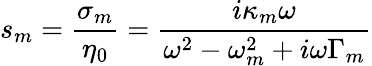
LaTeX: s_{m}=\frac{\sigma_{m}}{\eta_{0}}=\frac{i\kappa_{m}\omega}{\omega^{2}-\omega_{m}^{2}+i\omega\Gamma_{m}}